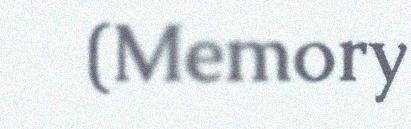
(Memory